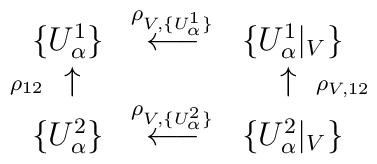
\begin{array}{ccc}\{ U^1_{\alpha} \} & \stackrel{ \rho_{V, \{ U^1_{\alpha} \}} }{ \longleftarrow } & \{ U^1_{\alpha} |_V \} \\\makebox[0pt][r]{ $\scriptstyle{ \rho_{12} }$ } \uparrow & &\uparrow \makebox[0pt][l]{ $\scriptstyle{ \rho_{V, 12} }$ } \\\{ U^2_{\alpha} \} & \stackrel{ \rho_{V, \{ U^2_{\alpha} \} } }{ \longleftarrow } & \{ U^2_{\alpha} |_V \}\end{array}